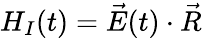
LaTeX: H_{I}(t)=\vec{E}(t)\cdot\vec{R}